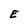
Character: E